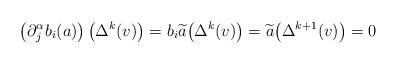
LaTeX: \begin{align*} \big( \partial^\alpha_j b_i(a)\big) \, \big( \Delta^{k} (v) \big) = b_i \widetilde{a} \big( \Delta^{k} (v) \big) = \widetilde{a} \big( \Delta^{k+1} (v) \big) = 0 \end{align*}